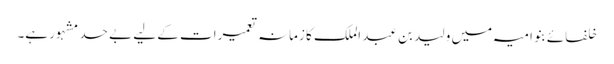
خلفائے بنو امیہ میں ولید بن عبد الملک کا زمانہ تعمیرات کے لیے بے حد مشہور ہے۔